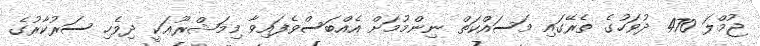
ޖުމްލަ 470 ދުވަހުގެ ތެރޭގައި މަސައްކަތް ނިންމުމަށް އެއްބަސްވެފައިވާ މިމަޝްރޫޢަކީ ދިވެހި ސަރުކާރުގެ